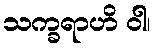
သက္ခရာဟိ ဝါ၊